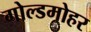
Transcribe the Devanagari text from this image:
गोल्डमोहर